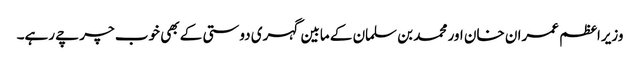
وزیراعظم عمران خان اور محمد بن سلمان کے مابین گہری دوستی کے بھی خوب چرچے رہے۔